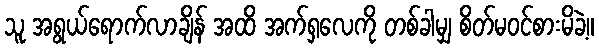
သူ အရွယ်ရောက်လာချိန် အထိ အက်ရှလေကို တစ်ခါမျှ စိတ်မဝင်စားမိခဲ့။